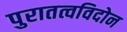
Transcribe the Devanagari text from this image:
पुरातत्वविदोन